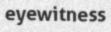
eyewitness